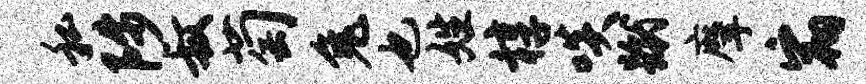
私陟叔萄兔也姓椁啖蹴摩宿